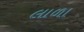
લાળા